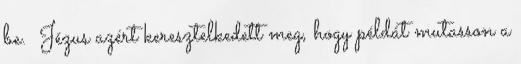
be. Jézus azért keresztelkedett meg, hogy példát mutasson a